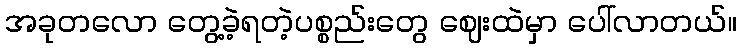
အခုတလော တွေ့ခဲ့ရတဲ့ပစ္စည်းတွေ ဈေးထဲမှာ ပေါ်လာတယ်။